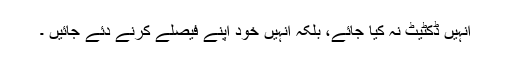
انہیں ڈکٹیٹ نہ کیا جائے، بلکہ انہیں خود اپنے فیصلے کرنے دئے جائیں ۔